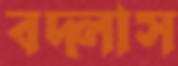
বদ্‌লাস